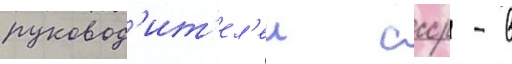
руковод'ит'ел'еи ссср - в